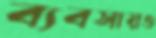
ব্যবসায়ও